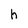
Character: h